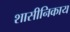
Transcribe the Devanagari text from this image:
शासीनिकाय